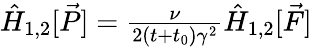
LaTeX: \begin{array}{r}{\hat{H}_{1,2}[\vec{P}]=\frac{\nu}{2(t+t_{0})\gamma^{2}}\hat{H}_{1,2}[\vec{F}]}\end{array}